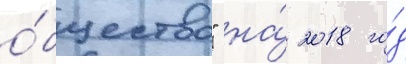
о́бщество" на́ 2018 го́д